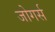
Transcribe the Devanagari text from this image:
जोगर्स